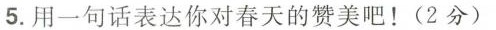
5.用一句话表达你对春天的赞美吧！(2分)